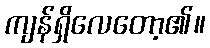
ကျန်ရှိလေတော့၏။